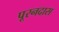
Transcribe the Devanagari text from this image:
पूरनदास